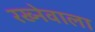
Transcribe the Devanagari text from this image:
रख्नेवाला